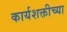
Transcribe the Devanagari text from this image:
कार्यशक्तीच्या